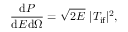
\frac { \mathrm { d } P } { \mathrm { d } E \mathrm { d } \Omega } = \sqrt { 2 E } \ | T _ { \ensuremath { \mathrm { i f } } } | ^ { 2 } ,